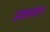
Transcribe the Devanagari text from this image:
झंडावंदन